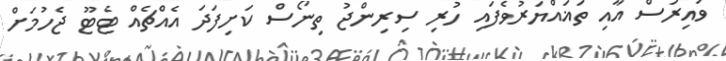
ވައިރަސް އާއި ތަޣައްޔަރުވެފައި ހުރި ސިރިންޖު ތިނޯސް ކަށިފަދަ އެއްޗެއް ޓެޓޫ ޖެހުމަށް